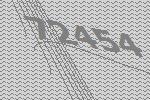
72454